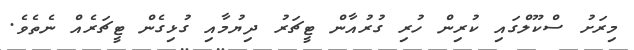
މިރަށު ސްކޫލްގައި ކުރިން ހުރި ގުރުއާން ޓީޗަރު ދިޔުމާއި ގުޅިގެން ޓީޗަރެއް ނެތެވެ.